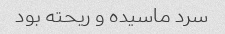
سرد ماسیده و ریحته بود